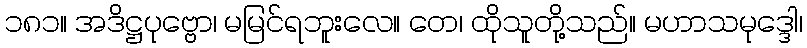
၁၈၁။ အဒိဋ္ဌပုဗ္ဗော၊ မမြင်ရဘူးလေ။ တေ၊ ထိုသူတို့သည်။ မဟာသမုဒ္ဒေါ၊